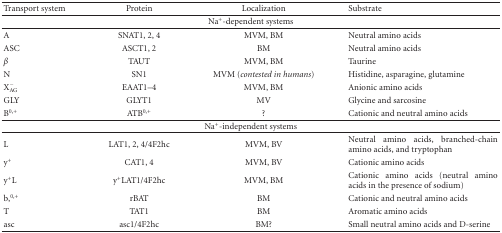
| Transport system | Protein | Localization | Substrate |
 | --- | --- | --- | --- |
 | <COLSPAN=4> Na+-dependent systems |
 | A | SNAT1, 2, 4 | MVM, BM | Neutral amino acids |
 | ASC | ASCT1, 2 | BM | Neutral amino acids |
 | β | TAUT | MVM, BM | Taurine |
 | N | SN1 | MVM (contested in humans) | Histidine, asparagine, glutamine |
 | XAG− | EAAT1–4 | MVM, BM | Anionic amino acids |
 | GLY | GLYT1 | MV | Glycine and sarcosine |
 | B0,+ | ATB0,+ | ? | Cationic and neutral amino acids |
 | <COLSPAN=4> Na+-independent systems |
 | L | LAT1, 2, 4/4F2hc | MVM, BV | Neutral amino acids, branched-chain amino acids, and tryptophan |
 | y+ | CAT1, 4 | MVM, BV | Cationic amino acids |
 | y+L | y+LAT1/4F2hc | MVM, BM | Cationic amino acids (neutral amino acids in the presence of sodium) |
 | b,0,+ | rBAT | BM | Cationic and neutral amino acids |
 | T | TAT1 | BM | Aromatic amino acids |
 | asc | asc1/4F2hc | BM? | Small neutral amino acids and D-serine |